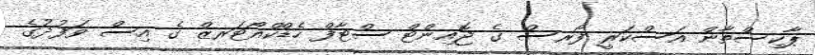
ޕާކިސްތާން އަސްކަރީ ފޯރސް ގެ ޖޮއިންޓް ސްޓާފް ހެޑްކްއޯޓަރޒް ގެ އިސް ވަފުދުގެ